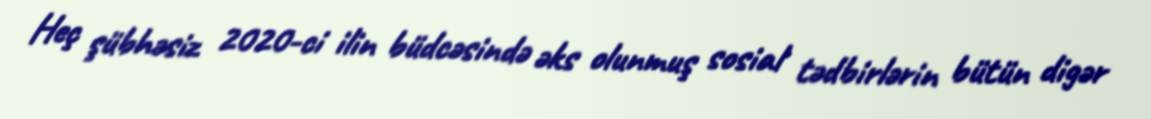
Heç şübhəsiz 2020-ci ilin büdcəsində əks olunmuş sosial tədbirlərin bütün digər